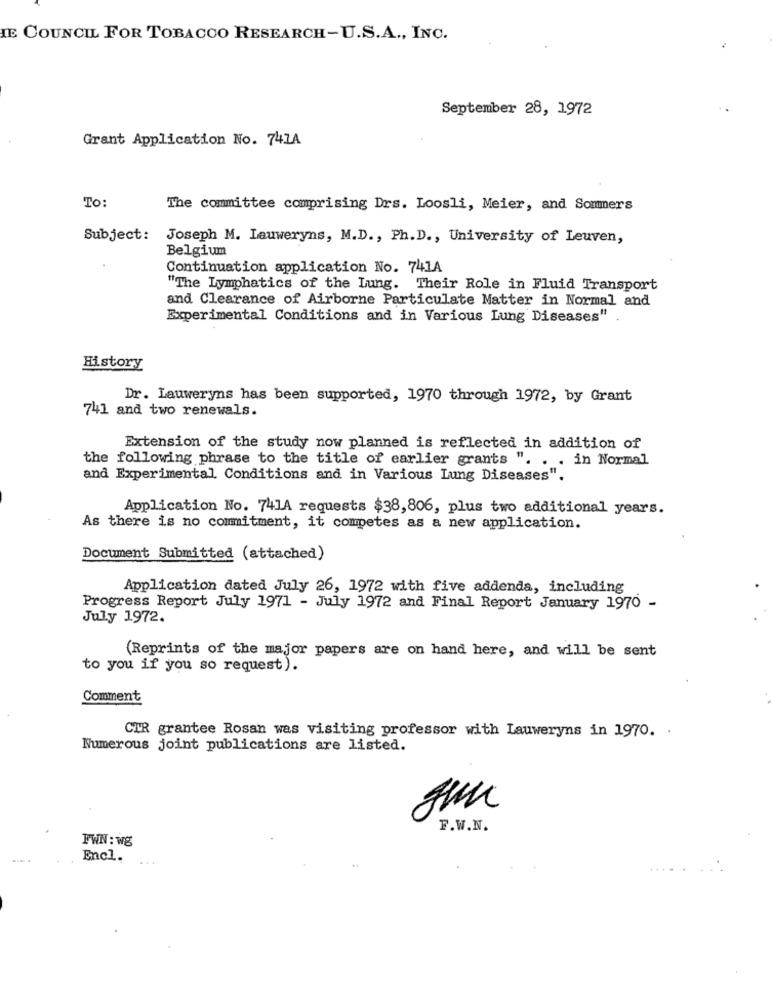
IE COUNCIL FOR TOBACCO RESEARCH-U.S.A ., INC.
September 28, 1972
Grant Application No. 741A
To:
The committee comprising Drs. Loosli, Meier, and Sommers
Subject:
Joseph M. Lauweryns, M.D ., Ph.D ., University of Leuven,
Belgium
Continuation application No. 741A
"The Lymphatics of the Lung. Their Role in Fluid Transport
and Clearance of Airborne Particulate Matter in Normal and
Experimental Conditions and in Various Lung Diseases"
History
Dr. Lauweryns has been supported, 1970 through 1972, by Grant
741 and two renewals.
Extension of the study now planned is reflected in addition of
the following phrase to the title of earlier grants ". . . in Normal
and Experimental Conditions and in Various Lung Diseases".
Application No. 741A requests $38,806, plus two additional years.
As there is no commitment, it competes as a new application.
Document Submitted (attached)
Application dated July 26, 1972 with five addenda, including
Progress Report July 1971 - July 1972 and Final Report January 1970 -
July 1972.
(Reprints of the major papers are on hand here, and will be sent
to you if you so request).
Comment
CTR grantee Rosan was visiting professor with Lauweryns in 1970. .
Numerous joint publications are listed.
F.W.N.
FWN: wg
Encl.